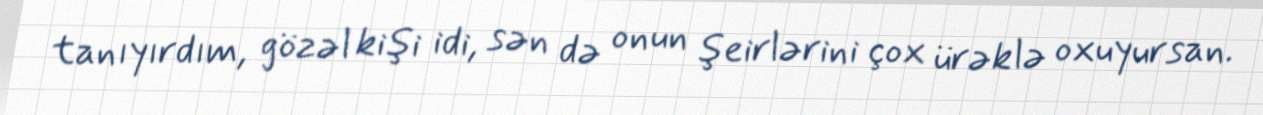
tanıyırdım, gözəl kişi idi, sən də onun şeirlərini çox ürəklə oxuyursan.